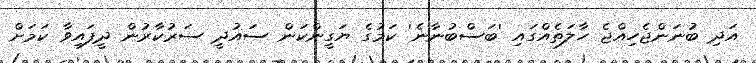
އަދި ބުނަންޖެހިއްޖެ ހާލަތެއްގައި 'ބަސްބުނާނެ' ކަމުގެ ޔަގީންކަން ސައުދީ ސަރުކާރުން ދީފައިވާ ކަަމަށް